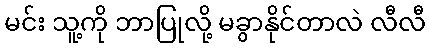
မင်း သူ့ကို ဘာပြုလို့ မခွာနိုင်တာလဲ လီလီ